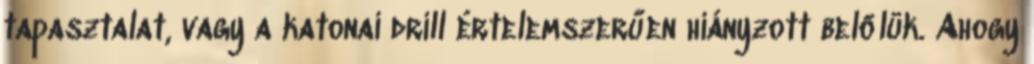
tapasztalat, vagy a katonai drill értelemszerűen hiányzott belőlük. Ahogy